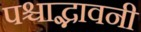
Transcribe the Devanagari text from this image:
पश्चाद्भावनी